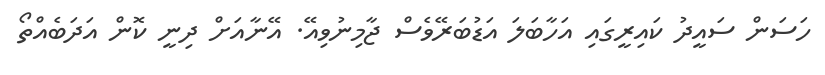
ހަސަން ސައީދު ކައިރީގައި އަހާބަލަ އަޑުބަރޭވެސް ޖާމިނުވިއޭ. އޭނާއަށް ދިނީ ކޮން އަދަބެއްތޯ